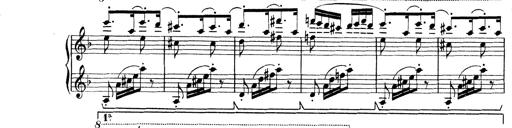
Title: Rapsodie: 19 ungheresi, 1 spagnuola
Composer: Franz Liszt